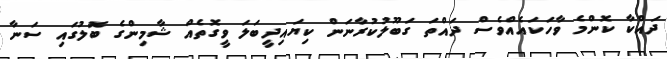
ދައްކާ ކޮންމެ ވާހަކައެއްވެސް ދައްތަ ގަބޫލުކުރާނަން ކިޔައިދީބަލަ ވީގޮތެއް ޝާމިންގެ ބޮލުގައި ސަނާ